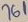
Text: 761